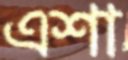
এশা